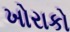
ખોરાકો